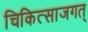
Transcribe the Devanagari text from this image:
चिकित्साजगत्‌